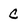
Character: C